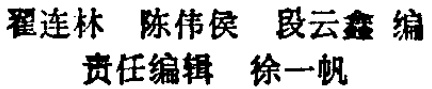
翟连林 陈伟侯 段云鑫 编\\

责任编辑 徐一帆